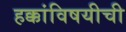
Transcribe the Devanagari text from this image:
हक्कांविषयीची